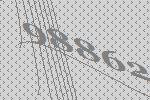
98862